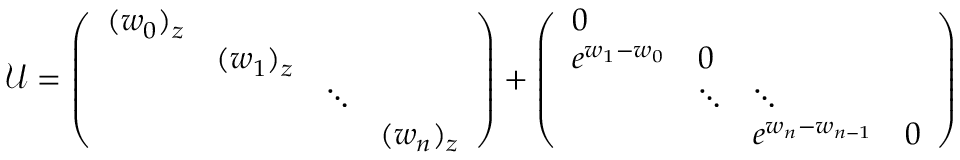
\mathcal { U } = \left( \begin{array} { l l l l } { ( w _ { 0 } ) _ { z } } & & & \\ & { ( w _ { 1 } ) _ { z } } & & \\ & & { \ddots } & \\ & & & { ( w _ { n } ) _ { z } } \end{array} \right) + \left( \begin{array} { l l l l } { 0 } & & & \\ { e ^ { w _ { 1 } - w _ { 0 } } } & { 0 } & & \\ & { \ddots } & { \ddots } & \\ & & { e ^ { w _ { n } - w _ { n - 1 } } } & { 0 } \end{array} \right)